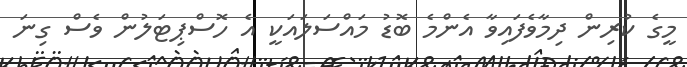
މީގެ ކުރިން ދިމާވެފައިވާ އެންމެ ބޮޑު މައްސަލައަކީ އެ ހޮސްޕިޓަލުން ވެސް ގިނަ